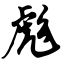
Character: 彪